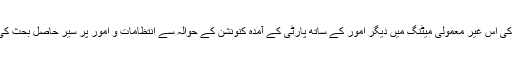
پارٹی کی اس غیر معمولی میٹنگ میں دیگر امور کے ساتھ پارٹی کے آمدہ کنونشن کے حوالہ سے انتظامات و امور پر سیر حاصل بحث کی گئی ۔